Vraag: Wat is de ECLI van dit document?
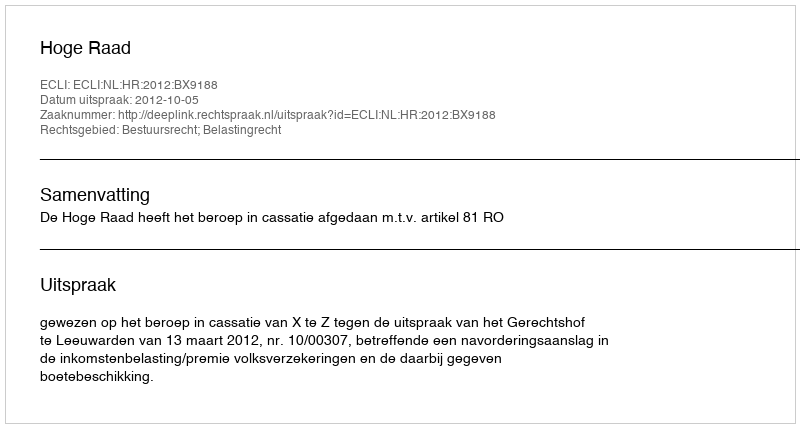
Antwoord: ECLI:NL:HR:2012:BX9188